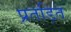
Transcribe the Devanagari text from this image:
प्रतड़ित